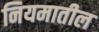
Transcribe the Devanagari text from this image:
नियमातील